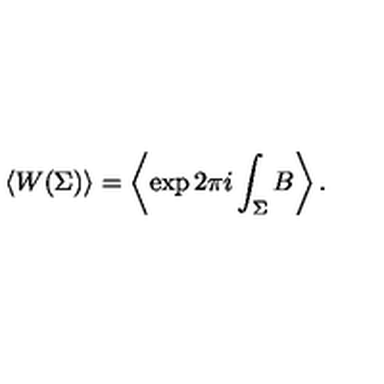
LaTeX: \left< W ( \Sigma ) \right> = \left< \exp 2 \pi i \int _ { \Sigma } B \right> .